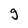
Character: g